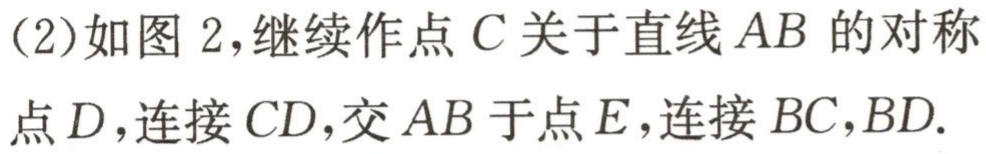
(2)如图2,继续作点\(C\)关于直线\(AB\)的对称
点\(D\),连接\(CD\),交\(AB\)于点\(E\),连接\(BC,BD\).